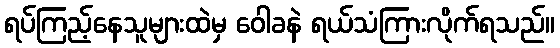
ရပ်ကြည့်နေသူများထဲမှ ဝေါခနဲ ရယ်သံကြားလိုက်ရသည်။